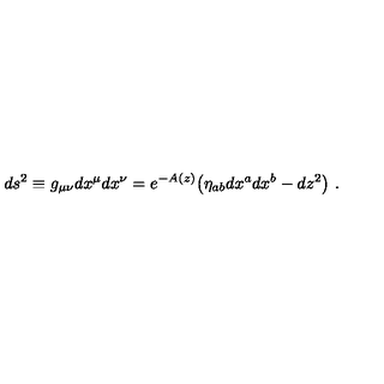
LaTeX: d s ^ { 2 } \equiv g _ { \mu \nu } d x ^ { \mu } d x ^ { \nu } = e ^ { - A ( z ) } \big ( \eta _ { a b } d x ^ { a } d x ^ { b } - d z ^ { 2 } \big ) \ .